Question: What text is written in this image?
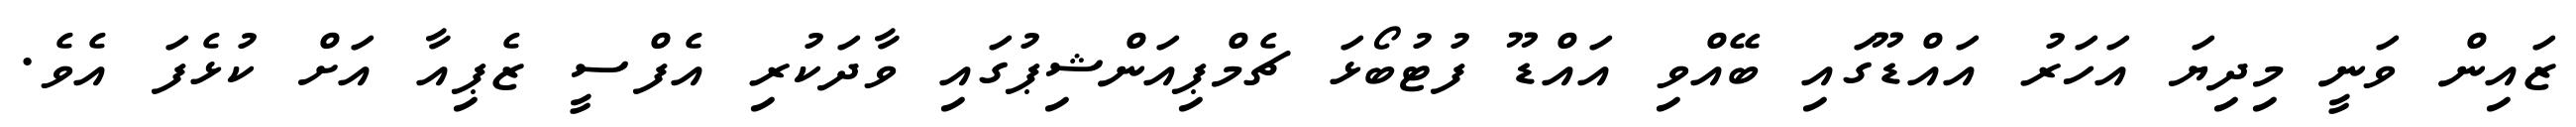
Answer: ޒައިން ވަނީ މިދިޔަ އަހަރު އައްޑޫގައި ބޭއްވި އައްޑޫ ފުޓުބޯޅަ ޗެމްޕިއަންޝިޕުގައި ވާދަކުރި އެފްސީ ޒެޕިއާ އަށް ކުޅެފަ އެވެ.